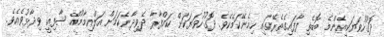
ދޮގުހުވަޔަކީއެންމެ ބޮޑެތި ފާފައިގެތެރޭގައި ހިމެނޭކަމެކެވެ. ދޮގުހުވަޔަކަށް ކައްފާރާ ދެވިދާނެކަމަށް އަލްއިމާމުއް ޝާފިޢީ ވިދާޅުވެއެވެ.